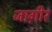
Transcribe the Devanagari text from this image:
जाग़ीर